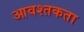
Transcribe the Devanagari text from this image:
आवश्तकता